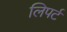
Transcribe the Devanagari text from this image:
लिपर्ट